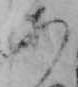
あ